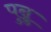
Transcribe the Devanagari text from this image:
पुन्नु